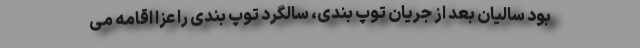
بود سالیان بعد از جریان توپ بندی، سالگرد توپ بندی را عزا اقامه می